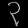
Digit: ၃